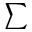
\sum